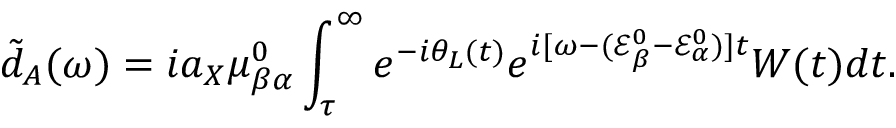
\tilde { d } _ { A } ( \omega ) = i a _ { X } \mu _ { \beta \alpha } ^ { 0 } \int _ { \tau } ^ { \infty } e ^ { - i \theta _ { L } ( t ) } e ^ { i [ \omega - ( \mathcal { E } _ { \beta } ^ { 0 } - \mathcal { E } _ { \alpha } ^ { 0 } ) ] t } W ( t ) d t .